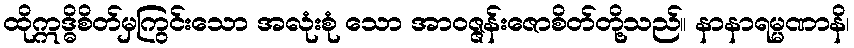
ထိုဣဒ္ဓိစိတ်မှကြွင်းသော အလုံးစုံ သော အာဝဇ္ဇန်းဇောစိတ်တို့သည်။ နာနာရမ္မဏာနိ၊